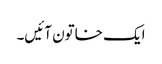
ایک خاتون آئیں‌۔